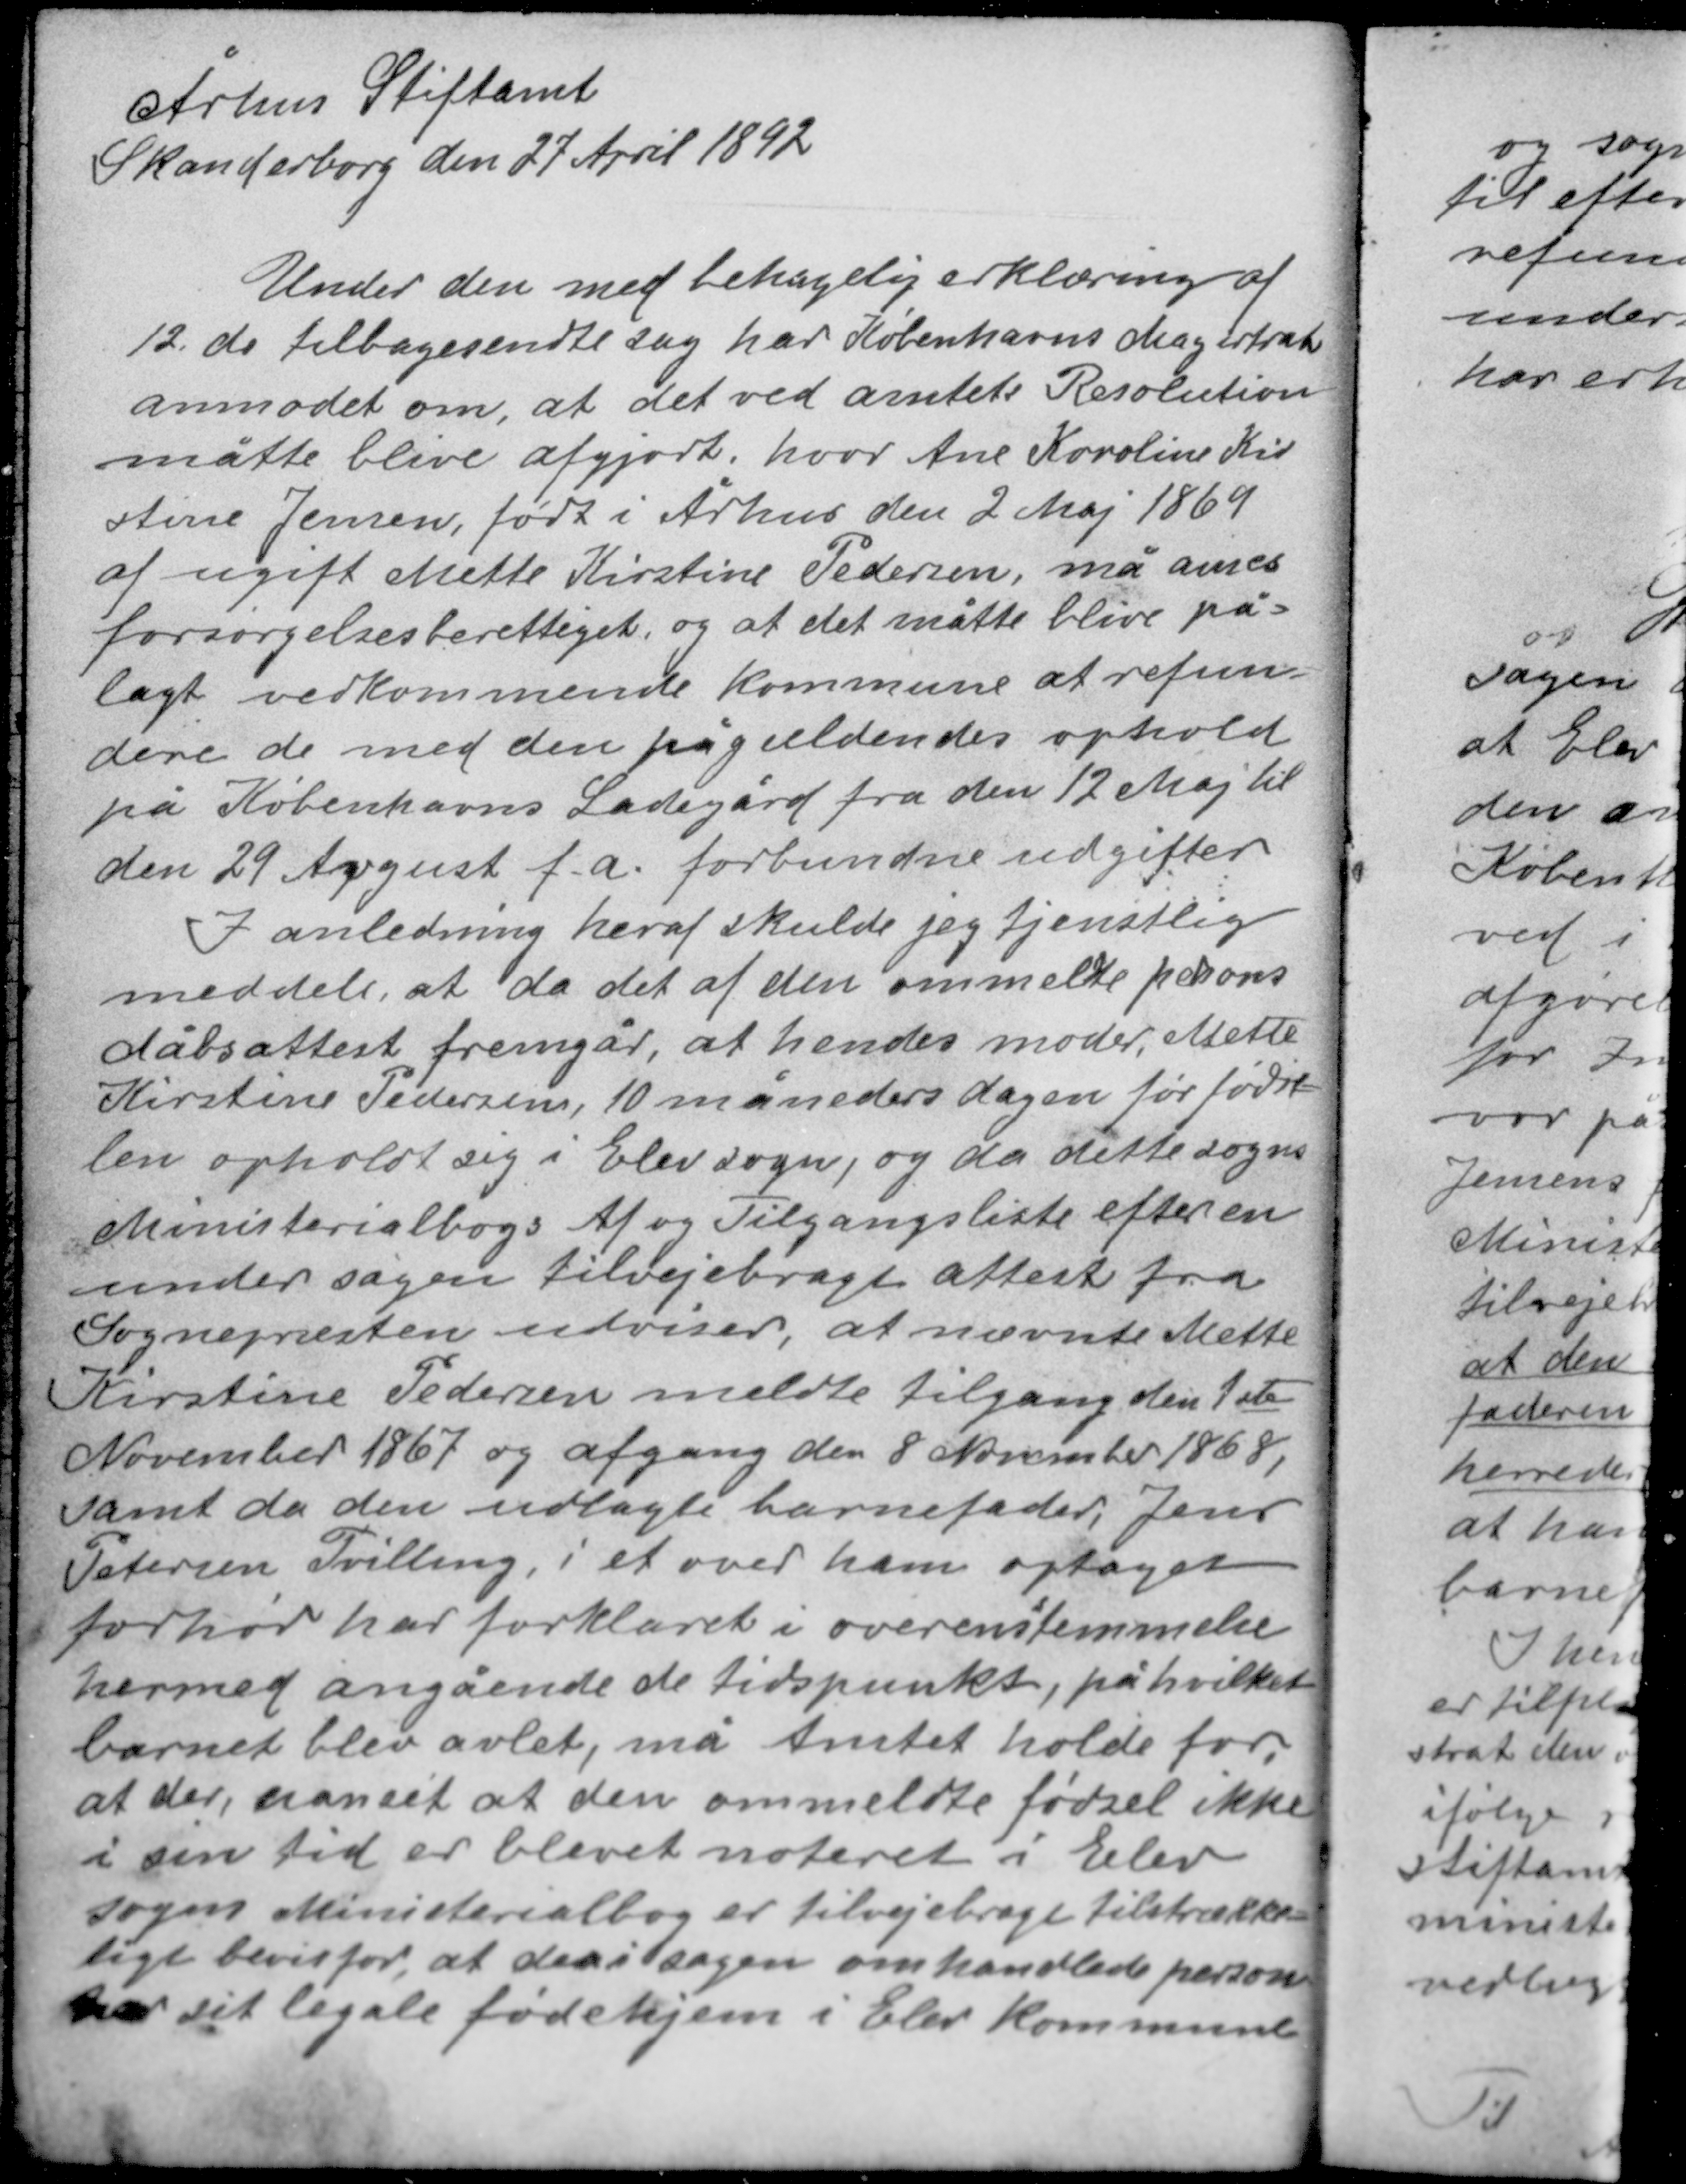
Transskription:
Århus Stiftamt
Skanderborg den 27 April 1892

Under den med behagelig erklæring af
12. ds tilbagesendte sag har Københavns Magistrat
anmodet om, at det ved amtets Resolution
måtte blive afgjort hvor Ane Karoline Kir-
stine Jensen, født i Århus den 2 Maj 1869
af ugift Mette Kirstine Pedersen, må anses
forsørgelsesberettiget og at det måtte blive på-
lagt vedkommende kommune at refun-
dere de med den pågældendes ophold
på Københavns Ladegård fra den 12 Maj til
den 29 August f.a. forbundne udgifter

I anledning heraf skulde jeg tjenstlig
meddele, at da det af den ommeldte persons
dåbsattest fremgår, at hendes moder, Mette
Kirstine Pedersen, 10 måneders dagen før fødse-
len opholdt sig i Elev sogn, og da dette sogns
Ministerialbogs af og Tilgangsliste efter en
under sagen tilvejebragt attest fra
Sognepræsten udviser, at nævnte Mette

Kirstine Pedersen meldte tilgang den 1ste
November 1867 og afgang den 8 November 1868,
samt da den udlagte barnefader, Jens
Petersen Tvilling, i et over ham optaget
forhør har forklaret i overensstemmelse
hermed angående de tidspunkt, på hvilket
barnet blev avlet, må Amtet holde for
at der, uanset at den ommeldte fødsel ikke
i sin tid er blevet noteret i Elev
sogns Ministerialbog er tilvejebragt tilstrække-
ligt bevis for, at den i sagen omhandlede person
har sit legale fødehjem i Elev kommune